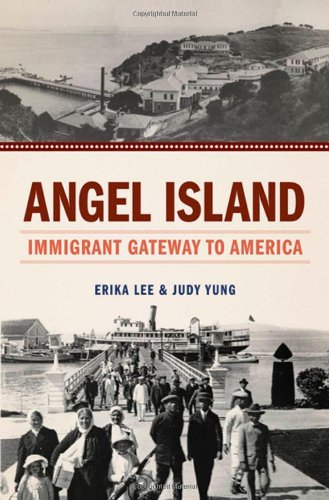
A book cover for Angel Island: Immigrant Gateway to America; Erika Lee; History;